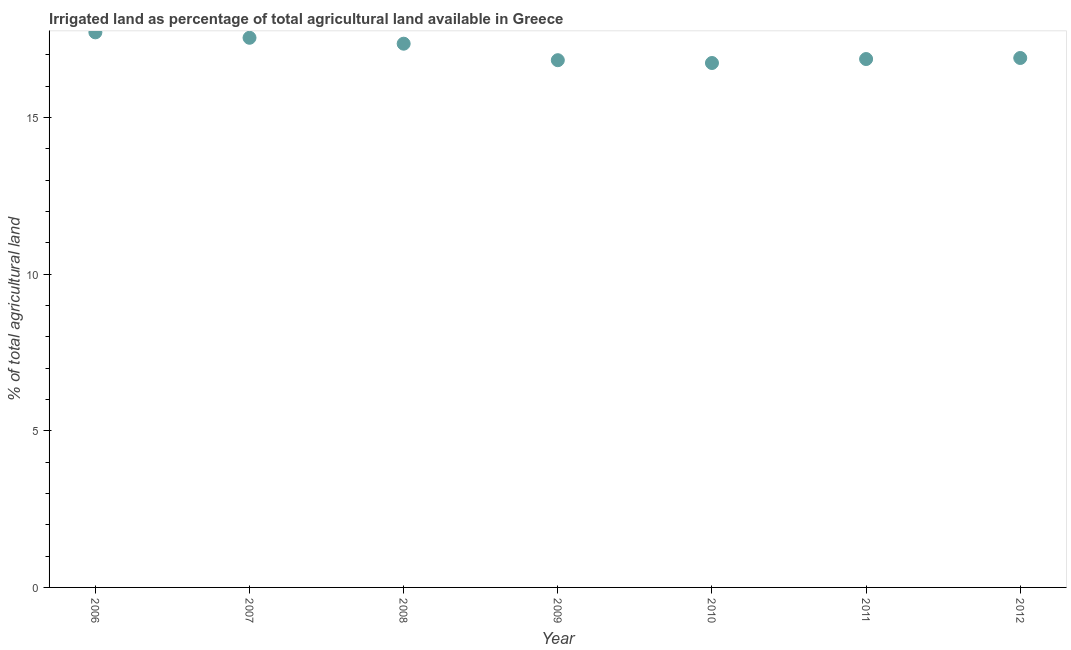
| Year | Agricultural irrigated land  |
 | --- | --- |
 | 2006 | 17.7 |
 | 2007 | 17.5 |
 | 2008 | 17.4 |
 | 2009 | 16.8 |
 | 2010 | 16.7 |
 | 2011 | 16.9 |
 | 2012 | 16.9 |